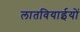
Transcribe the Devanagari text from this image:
लातवियाईयों